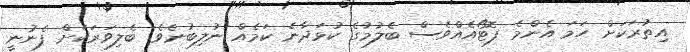
އިތުރަކަށް ހަމަ އެންމެ ފޮޓޯއެއްވެސް ބެލުމުގެ ކުޅަދާނެ ކަމެއް ނުލިބުނެވެ. ބެލިވަރަކަށް ފެނުނީ